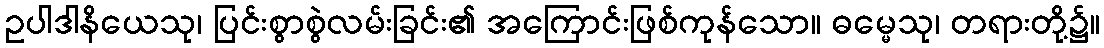
ဥပါဒါနိယေသု၊ ပြင်းစွာစွဲလမ်းခြင်း၏ အကြောင်းဖြစ်ကုန်သော။ ဓမ္မေသု၊ တရားတို့၌။